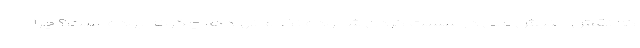
که نقش جنبش ملی در سست کردن شالوده نظام نهادها چگونه بوده است؟ چرا